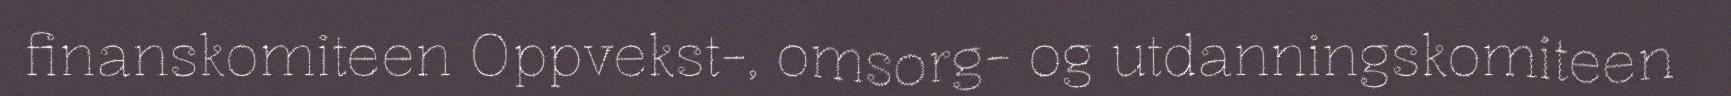
finanskomiteen Oppvekst-, omsorg- og utdanningskomiteen